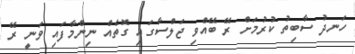
ހަނދު ސާބިތު ކުރުމަށް ރޭ ބޭއްވި ޖަލްސާގައި ގޮތެއް ނިންމާފައި ވަނީ ރޭ